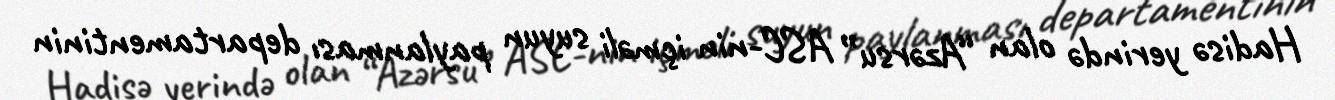
Hadisə yerində olan “Azərsu” ASC-nin içməli suyun paylanması departamentinin